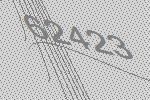
62423